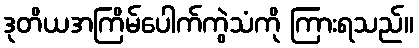
ဒုတိယအကြိမ်ပေါက်ကွဲသံကို ကြားရသည်။